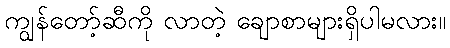
ကျွန်တော့်ဆီကို လာတဲ့ ချောစာများရှိပါမလား။